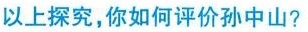
以上探究，你如何评价孙中山?